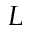
L